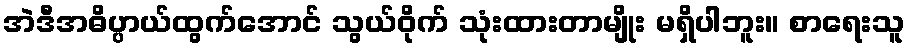
အဲဒီအဓိပ္ပာယ်ထွက်အောင် သွယ်ဝိုက် သုံးထားတာမျိုး မရှိပါဘူး။ စာရေးသူ